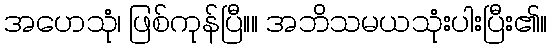
အဟေသုံ၊ ဖြစ်ကုန်ပြီ။။ အဘိသမယသုံးပါးပြီး၏။